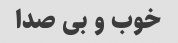
خوب و بی صدا